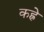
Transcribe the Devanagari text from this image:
कह्रे